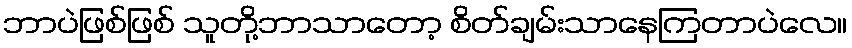
ဘာပဲဖြစ်ဖြစ် သူတို့ဘာသာတော့ စိတ်ချမ်းသာနေကြတာပဲလေ။